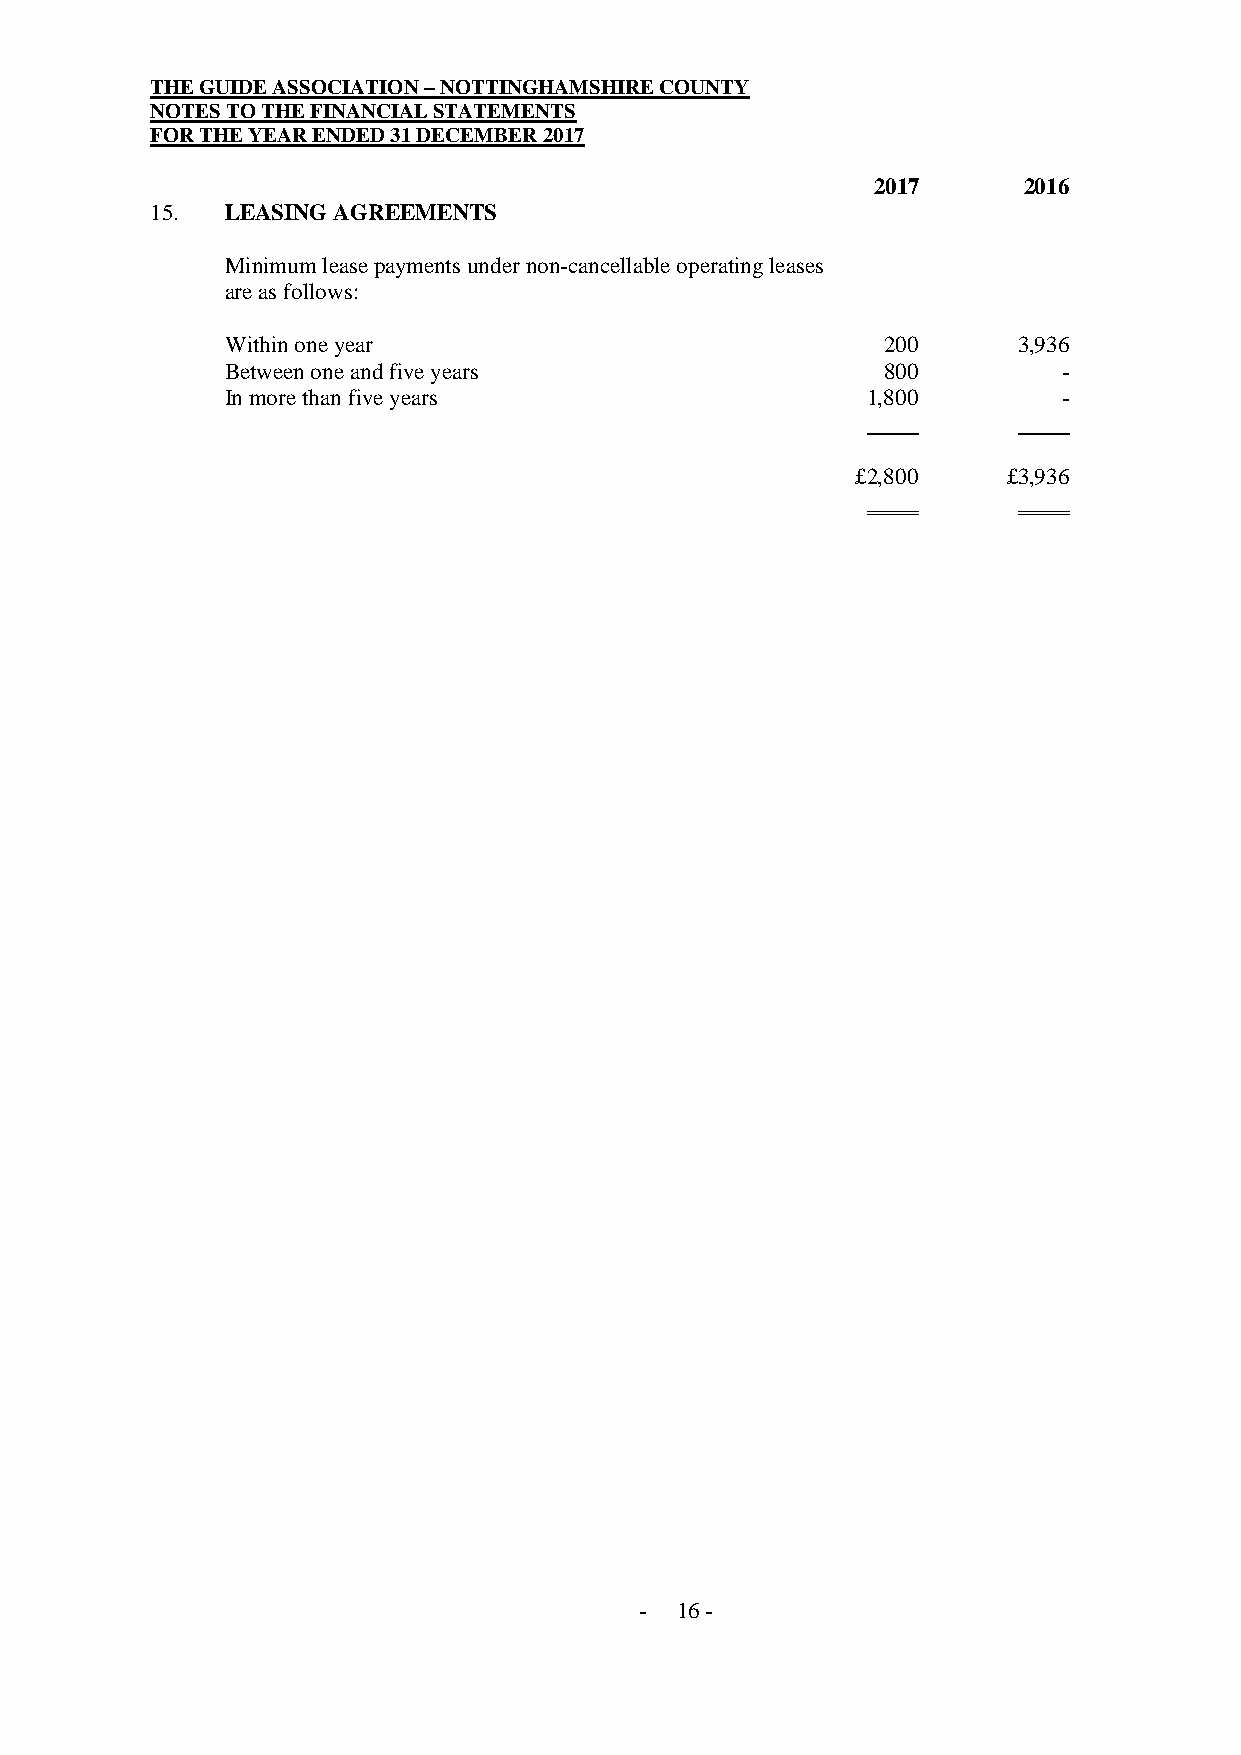
THE GUIDE ASSOCIATION – NOTTINGHAMSHIRE COUNTY
 NOTES TO THE FINANCIAL STATEMENTS
 FOR THE YEAR ENDED 31 DECEMBER 2017
 2017      2016
 15.  LEASING AGREEMENTS
 Minimum lease payments under non-cancellable operating leases
 are as follows:
 Within one year                            200      3,936
 Between one and five years                 800         -
 In more than five years                   1,800        -
 £2,800    £3,936
 -  16 -